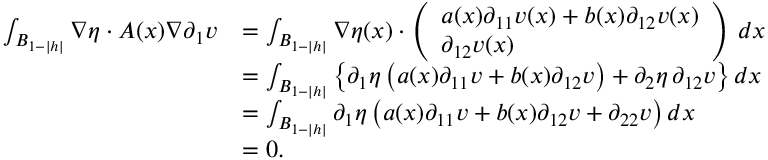
\begin{array} { r l } { \int _ { B _ { 1 - | h | } } \nabla \eta \cdot A ( x ) \nabla \partial _ { 1 } v } & { = \int _ { B _ { 1 - | h | } } \nabla \eta ( x ) \cdot \left( \begin{array} { l } { a ( x ) \partial _ { 1 1 } v ( x ) + b ( x ) \partial _ { 1 2 } v ( x ) } \\ { \partial _ { 1 2 } v ( x ) } \end{array} \right) \, d x } \\ & { = \int _ { B _ { 1 - | h | } } \big \{ \partial _ { 1 } \eta \, \big ( a ( x ) \partial _ { 1 1 } v + b ( x ) \partial _ { 1 2 } v \big ) + \partial _ { 2 } \eta \, \partial _ { 1 2 } v \big \} \, d x } \\ & { = \int _ { B _ { 1 - | h | } } \partial _ { 1 } \eta \, \big ( a ( x ) \partial _ { 1 1 } v + b ( x ) \partial _ { 1 2 } v + \partial _ { 2 2 } v \big ) \, d x } \\ & { = 0 . } \end{array}